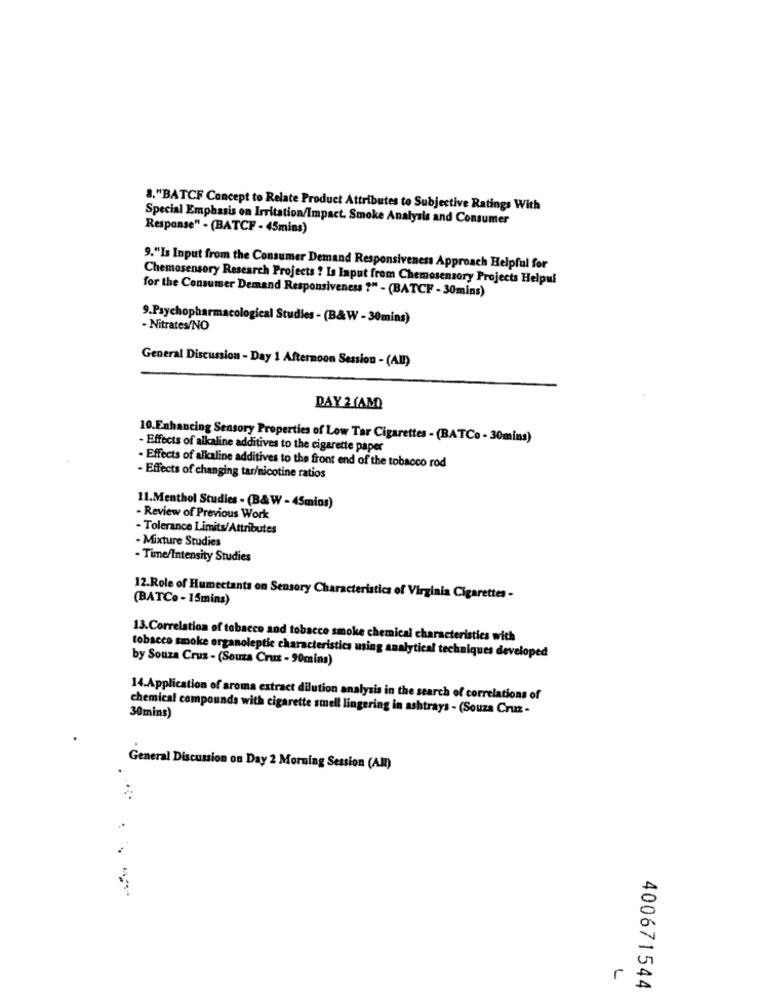
8."BATCF Concept to Relate Product Attributes to Subjective Ratings With
Special Emphasis on Irritation/Impact. Smoke Analysis and Consumer
Response" - (BATCF - 45mins)
9."Is Input from the Consumer Demand Responsiveness Approach Helpful for
Chemosensory Research Projects ? Is Input from Chemosensory Projects Helpul
for the Consumer Demand Responsiveness ?" - (BATCF - 30mins)
9.Psychopharmacological Studies - (B&W - 30mins)
- Nitrates/NO
General Discussion - Day 1 Afternoon Session - (All)
DAY 2 (AM)
10.Enhancing Sensory Properties of Low Tar Cigarettes - (BATCo - 30mins)
- Effects of alkaline additives to the cigarette paper
- Effects of alkaline additives to the front end of the tobacco rod
- Effects of changing tar/nicotine ratios
11.Menthol Studies - (B&W - 45mins)
- Review of Previous Work
- Tolerance Limits/Attributes
- Mixture Studies
- Time/Intensity Studies
(BATCo -15mins)
12.Role of Humectants on Sensory Characteristics of Virginia Cigarettes -
13.Correlation of tobacco and tobacco smoke chemical characteristics with
tobacco smoke organoleptic characteristics using analytical techniques developed
by Souza Cruz - (Souza Cruz - 90mins)
14.Application of aroma extract dilution analysis in the search of correlations of
chemical compounds with cigarette smell lingering in ashtrays - (Souza Cruz -
30mins
General Discussion on Day 2 Morning Session (AMI)
L
400671544